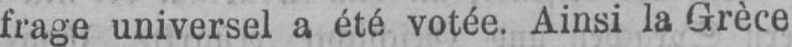
frage universel a été votée. Ainsi la Grèce